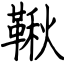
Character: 鞦